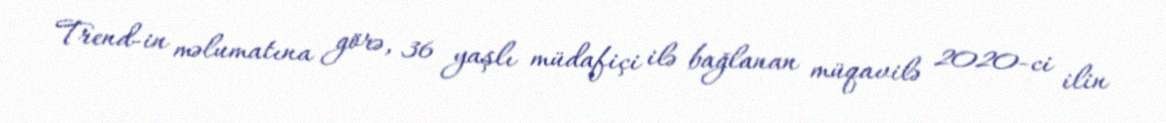
Trend-in məlumatına görə, 36 yaşlı müdafiçi ilə bağlanan müqavilə 2020-ci ilin